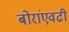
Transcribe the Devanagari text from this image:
बोरांएवढी